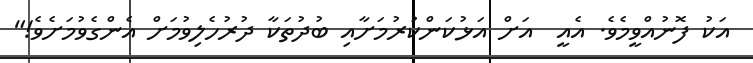
އަކު ފޮނުއްވީމެވެ. އެއީ  އަށް އަޅުކަންކުރުމަށާއި ބުދުތަކާ ދުރުހެލިވުމަށް އެންގެވުމަށެވެ!"